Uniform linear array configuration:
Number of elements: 12
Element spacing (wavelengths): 1
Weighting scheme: blackman
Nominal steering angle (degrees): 60
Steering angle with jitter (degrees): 59.289
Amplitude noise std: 0.05
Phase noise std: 0.05

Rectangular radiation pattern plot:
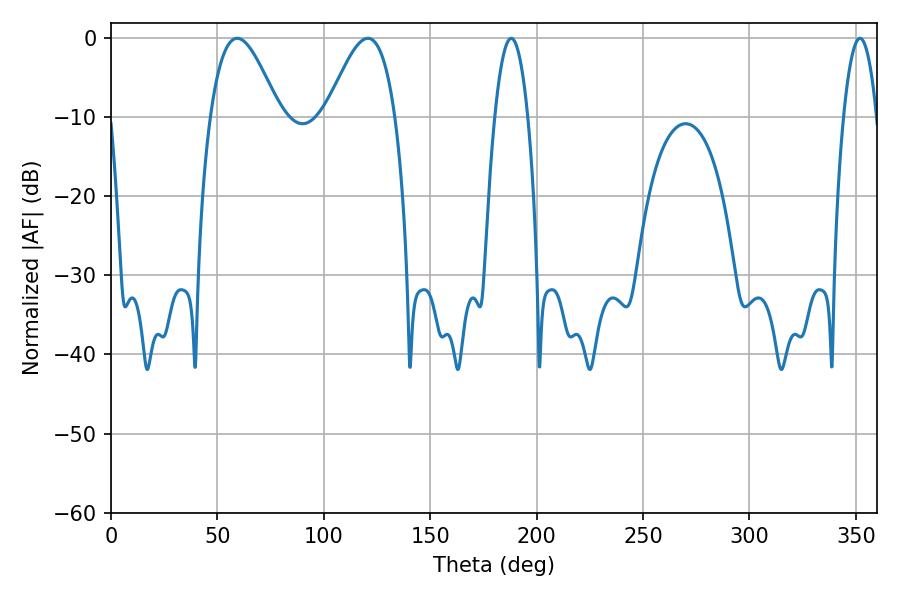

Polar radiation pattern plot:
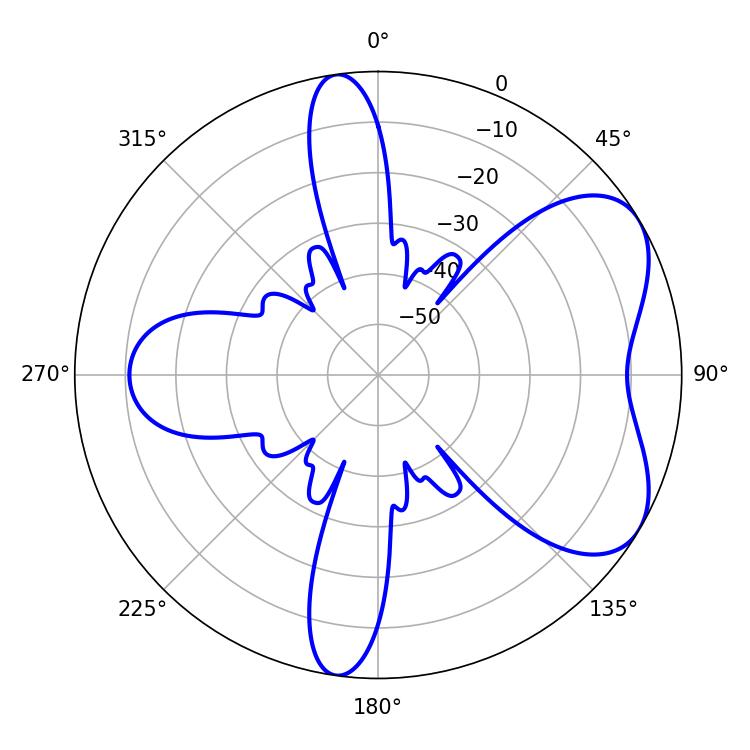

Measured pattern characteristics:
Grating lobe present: TRUE
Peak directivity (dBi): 5.771
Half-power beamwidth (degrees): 17.46
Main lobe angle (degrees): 59.22